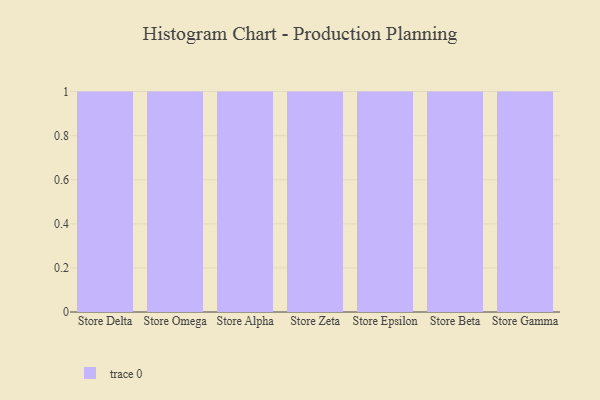
{"axis": {"x": "Store", "y": "Shipments"}, "legend": [""], "data": [{"x": "Store Delta", "y": 59, "type": ""}, {"x": "Store Omega", "y": 45, "type": ""}, {"x": "Store Alpha", "y": 26, "type": ""}, {"x": "Store Zeta", "y": 48, "type": ""}, {"x": "Store Epsilon", "y": 99, "type": ""}, {"x": "Store Beta", "y": 55, "type": ""}, {"x": "Store Gamma", "y": 82, "type": ""}]}